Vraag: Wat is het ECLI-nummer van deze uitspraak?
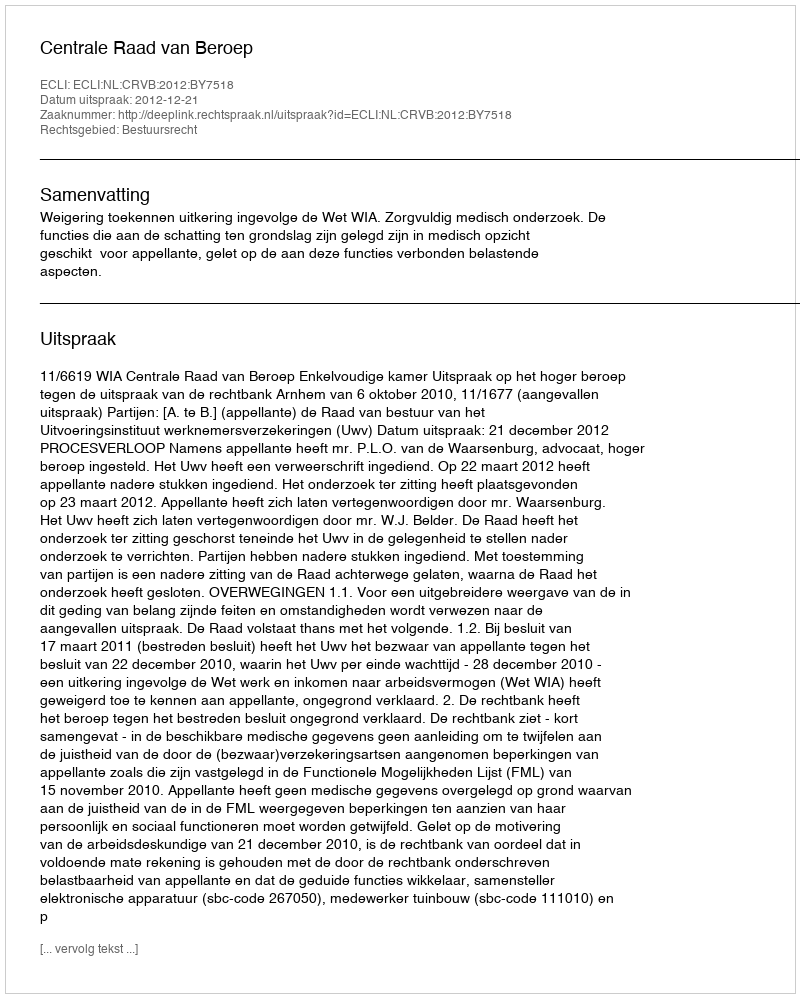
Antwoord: ECLI:NL:CRVB:2012:BY7518